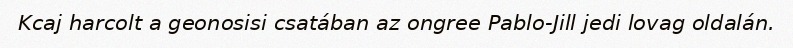
Kcaj harcolt a geonosisi csatában az ongree Pablo-Jill jedi lovag oldalán.